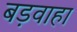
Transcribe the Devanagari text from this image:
बड़वाहा